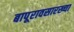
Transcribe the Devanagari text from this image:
बापूरावसारख्या